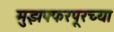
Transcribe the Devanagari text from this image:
मुझफ्फरपूरच्या